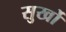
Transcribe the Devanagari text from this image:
सुर्खो